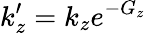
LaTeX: k_{z}^{\prime}=k_{z}e^{-G_{z}}